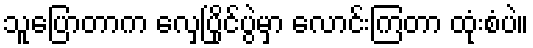
သူပြောတာက လှေပြိုင်ပွဲမှာ လောင်းကြတာ ထုံးစံပဲ။